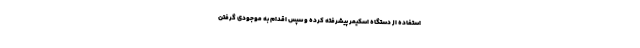
استفاده از دستگاه اسکیمر پیشرفته کرده و سپس اقدام به موجودی گرفتن